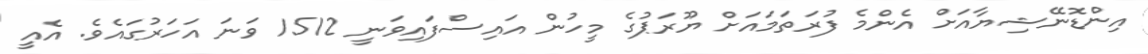
އިންޑޮނޭޝިޔާއަށް އެންމެ ފުރަތަމައަށް ޔޫރަޕުގެ މީހުން އައިސްފައިވަނީ 1512 ވަނަ އަހަރުގައެވެ. އެއީ